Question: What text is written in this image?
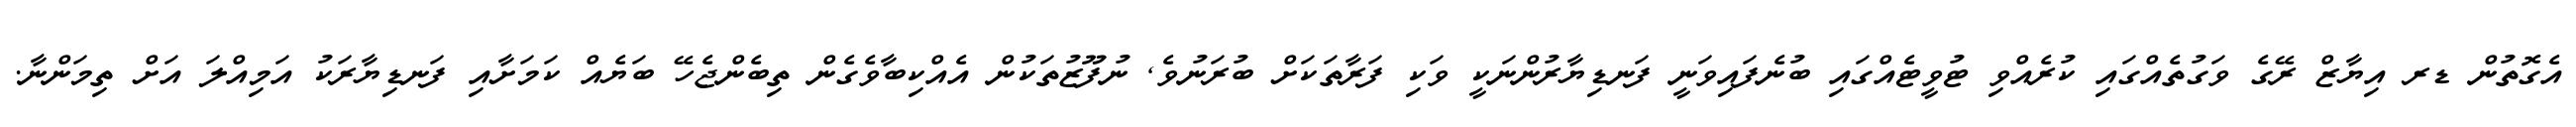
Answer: އެގޮތުން ޑރ އިޔާޒް ރޭގެ ވަގުތެއްގައި ކުރެއްވި ޓުވީޓެއްގައި ބުނެފައިވަނީ ފަނޑިޔާރުންނަކީ ވަކި ފަރާތަކަށް ބުރަނުވެ, ނުފޫޒުތަކުން އެއްކިބާވެގެން ތިބެންޖެހޭ ބަޔެއް ކަމަށާއި ފަނޑިޔާރަކު އަމިއްލަ އަށް ތިމަންނާ.